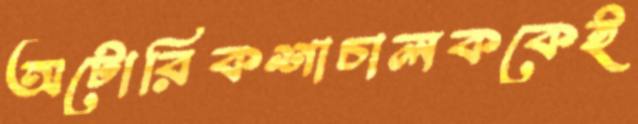
অটোরিকশাচালককেই